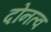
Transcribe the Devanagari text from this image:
दोनत्व